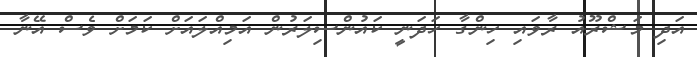
އަދި މަޝްރޫއު ރާވައި ހިންގާ ހަދަނީ ކައުންސިލަރުން އަމިއްލައަށް ކަމަށް ވެސް އޭނާ